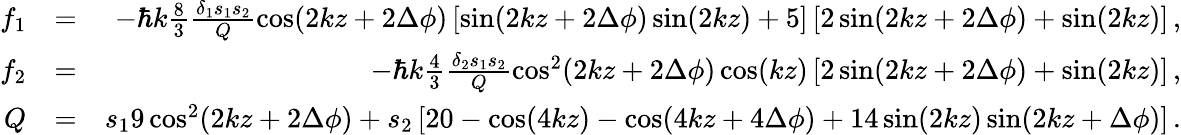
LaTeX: \begin{array}{rlr}{f_{1}}&{=}&{-\hbar k\frac{8}{3}\frac{\delta_{1}s_{1}s_{2}}{Q}\cos(2kz+2\Delta\phi)\left[\sin(2kz+2\Delta\phi)\sin(2kz)+5\right]\left[2\sin(2kz+2\Delta\phi)+\sin(2kz)\right]\, ,}\\ {f_{2}}&{=}&{-\hbar k\frac{4}{3}\frac{\delta_{2}s_{1}s_{2}}{Q}\cos^{2}(2kz+2\Delta\phi)\cos(kz)\left[2\sin(2kz+2\Delta\phi)+\sin(2kz)\right]\, ,}\\ {Q}&{=}&{s_{1}9\cos^{2}(2kz+2\Delta\phi)+s_{2}\left[20-\cos(4kz)-\cos(4kz+4\Delta\phi)+14\sin(2kz)\sin(2kz+\Delta\phi)\right]\, .}\end{array}